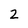
Character: 2